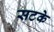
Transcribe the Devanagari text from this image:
सटके